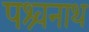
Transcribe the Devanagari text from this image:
पश्र्वनाथ